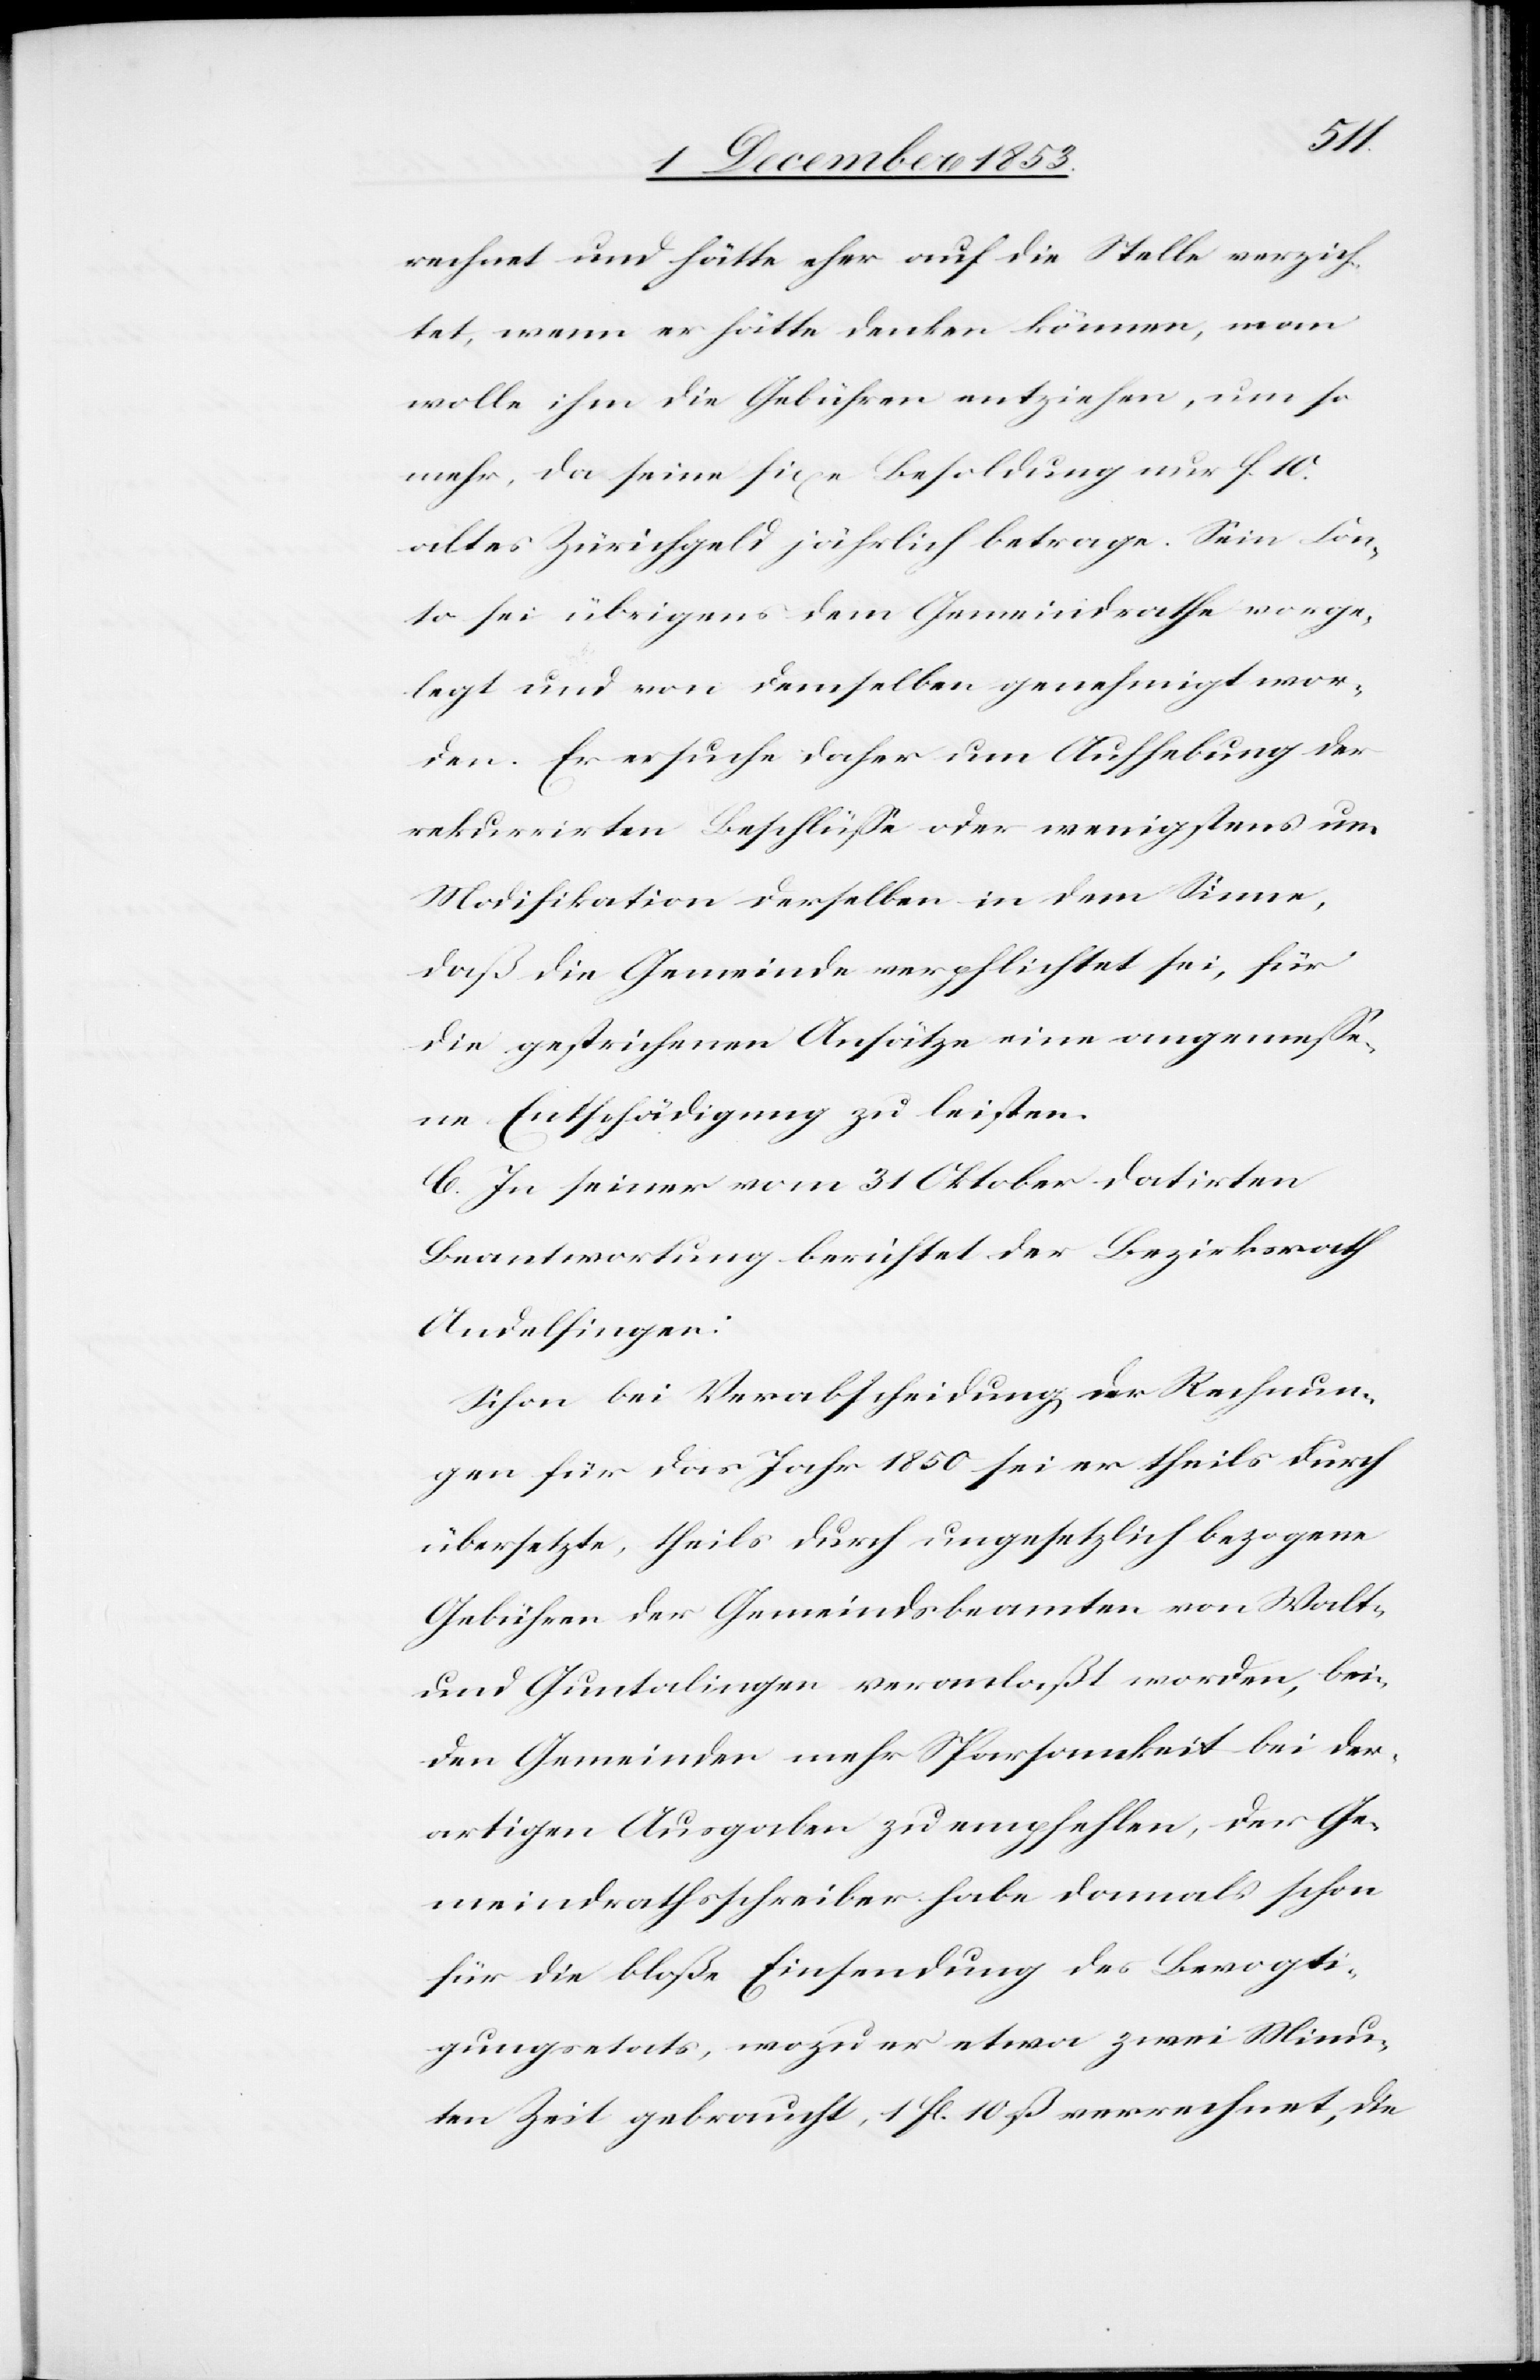
rechnet und hätte eher auf die Stelle verzich¬
tet, wenn er hätte denken können, man
wolle ihm die Gebühren entziehen, um so
mehr, da seine fixe Besoldung nur f. 10
altes Zürichgeld jährlich betrage. Sein Kon¬
to sei übrigens dem Gemeindrathe vorge¬
legt und von demselben genehmigt wor¬
den. Er ersuche daher um Aufhebung der
rekurrirten Beschlüße oder wenigstens um
Modifikation derselben in dem Sinne,
daß die Gemeinde verpflichtet sei, für
die gestrichene Ansätze eine angemeße¬
ne Entschädigung zu leisten.
C. In seiner vom 31 Oktober datirten
Beantwortung berichtet der Bezirksrath
Andelfingen:
Schon bei Verabscheidung der Rechnun¬
gen für das Jahr 1850 sei er theils durch
übersetzte, theils durch ungesetzlich bezogene
Gebühren der Gemeindsbeamten von Walt-
und Guntalingen veranlaßt worden, bei¬
den Gemeinden mehr Sparsamkeit bei der¬
artigen Ausgaben zu empfehlen, der Ge¬
meindrathsschreiber habe damals schon
für die bloße Einsendung des Bevogti¬
gungsetats, wozu er etwa zwei Minu¬
ten Zeit gebraucht, 1 fl. 10 ß verrechnet, die